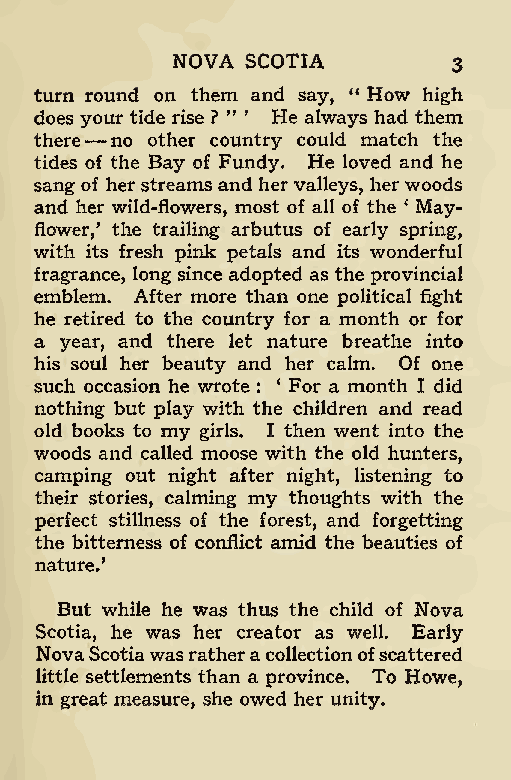
NOVA SCOTIA
 3
 turn round on them and say, “ How high
 does y—our tide rise ? ” ’ He always had them
 there no other country could match the
 tides of the Bay of Fundy. He loved and he
 sang of her streams and hervalleys, her woods
 and her wild-flowers, most of all of the ‘ May-
 flower,’ the trailing arbutus of early spring,
 with its fresh pink petals and its wonderful
 fragrance, long since adopted as the provincial
 emblem. After more than one political fight
 he retired to the country for a month or for
 a year, and there let nature breathe into
 his soul her beauty and her calm. Of one
 such occasion he wrote : * For a month I did
 nothing but play with the children and read
 old books to my girls. I then went into the
 woods and called moose with the old hunters,
 camping out night after night, listening to
 their stories, calming my thoughts with the
 perfect stillness of the forest, and forgetting
 the bitterness of conflict amid the beauties of
 nature.’
 But while he was thus the child of Nova
 Scotia, he was her creator as well. Early
 NovaScotiawasratheracollectionofscattered
 little settlements than a province. To Howe,
 in great measure, she owed her unity.